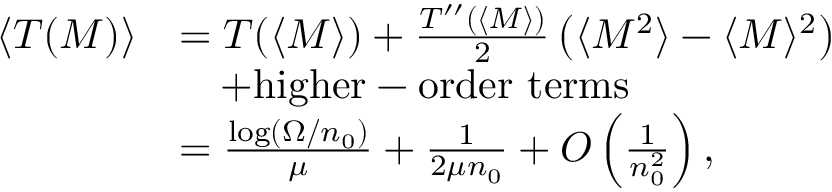
\begin{array} { r l } { \langle T ( M ) \rangle } & { = T ( \langle M \rangle ) + \frac { T ^ { \prime \prime } ( \langle M \rangle ) } { 2 } \left( \langle M ^ { 2 } \rangle - \langle M \rangle ^ { 2 } \right) } \\ & { \quad + \mathrm { h i g h e r - o r d e r ~ t e r m s } } \\ & { = \frac { \log ( \Omega / n _ { 0 } ) } { \mu } + \frac { 1 } { 2 \mu n _ { 0 } } + O \left( \frac { 1 } { n _ { 0 } ^ { 2 } } \right) , } \end{array}